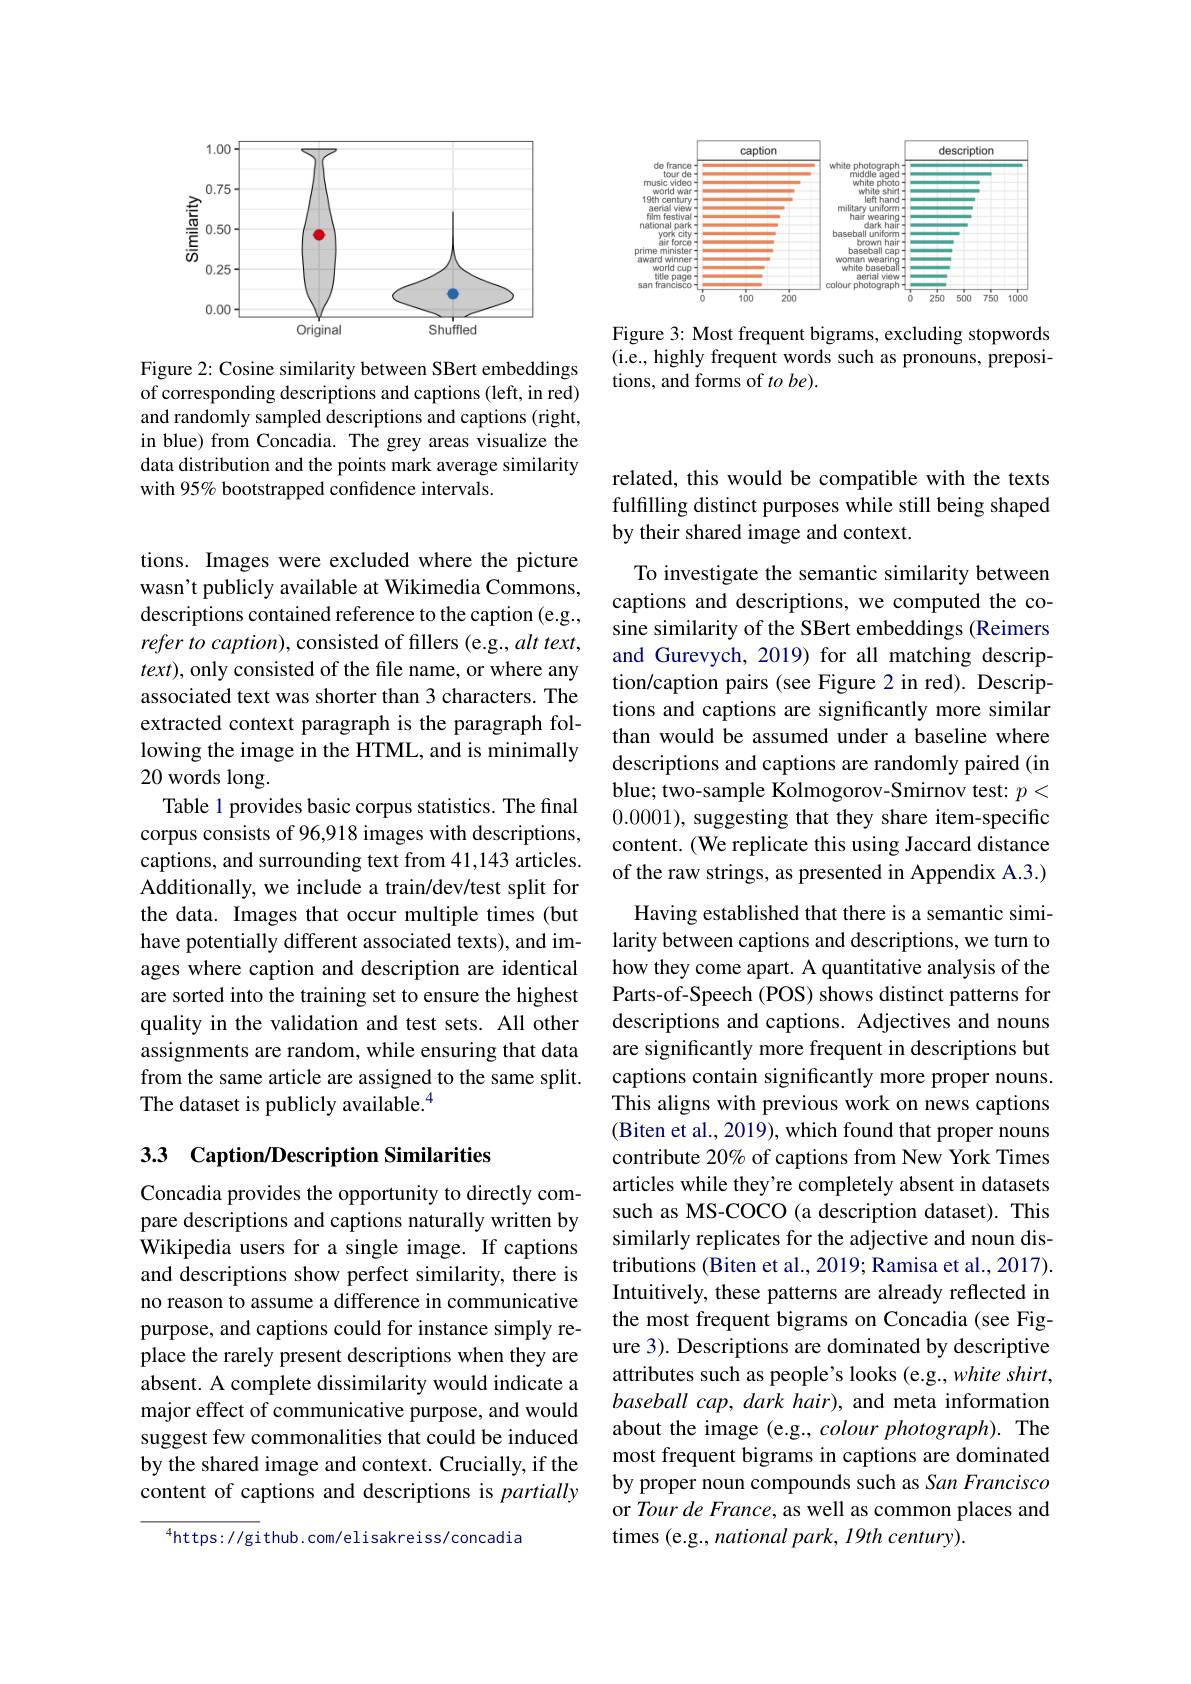
<FigureHere>

Figure 3: Most frequent bigrams, excluding stopwords (i.e., highly frequent words such as pronouns, prepositions, and forms of $to\textit{be}) .$

<FigureHere>

Figure 2: Cosine similarity between SBert embeddings of corresponding descriptions and captions (left, in red) and randomly sampled descriptions and captions (right, in blue) from Concadia. The grey areas visualize the data distribution and the points mark average similarity with 95% bootstrapped confidence intervals.

tions. Images were excluded where the picture wasn't publicly available at Wikimedia Commons, descriptions contained reference to the caption (e.g., refer to caption), consisted of fillers (e.g., alt text, $text)$, only consisted of the file name, or where any associated text was shorter than 3 characters. The extracted context paragraph is the paragraph following the image in the HTML, and is minimally 20 words long.
Table 1 provides basic corpus statistics. The final corpus consists of 96,918 images with descriptions, captions, and surrounding text from 41,143 articles. Additionally, we include a train/dev/test split for the data. Images that occur multiple times (but have potentially different associated texts), and images where caption and description are identical are sorted into the training set to ensure the highest quality in the validation and test sets. All other assignments are random, while ensuring that data from the same article are assigned to the same split. The dataset is publicly available.$^{4}$

## 3.3 Caption/Description Similarities

Concadia provides the opportunity to directly compare descriptions and captions naturally written by Wikipedia users for a single image. If captions and descriptions show perfect similarity, there is no reason to assume a difference in communicative purpose, and captions could for instance simply replace the rarely present descriptions when they are absent. A complete dissimilarity would indicate a major effect of communicative purpose, and would suggest few commonalities that could be induced by the shared image and context. Crucially, if the content of captions and descriptions is partially

$^{4}$https://github.com/elisakreiss/concadia

### related, this would be compatible with the texts fulfilling distinct purposes while still being shaped by their shared image and context.

To investigate the semantic similarity between captions and descriptions, we computed the cosine similarity of the SBert embeddings (Reimers and Gurevych, 2019) for all matching description/caption pairs (see Figure 2 in red). Descriptions and captions are significantly more similar than would be assumed under a baseline where descriptions and captions are randomly paired (in blue; two-sample Kolmogorov-Smirnov test: $p<$ 0.0001), suggesting that they share item-specific content. (We replicate this using Jaccard distance of the raw strings, as presented in Appendix A.3.)

Having established that there is a semantic similarity between captions and descriptions, we turn to how they come apart. A quantitative analysis of the Parts-of-Speech (POS) shows distinct patterns for descriptions and captions. Adjectives and nouns are significantly more frequent in descriptions but captions contain significantly more proper nouns. This aligns with previous work on news captions (Biten et al., 2019), which found that proper nouns contribute 20% of captions from New Times articles while they're completely absent in datasets such as MS-COCO (a description dataset). This similarly replicates for the adjective and noun distributions (Biten et al., 2019; Ramisa et al., 2017). Intuitively, these patterns are already reflected in the most frequent bigrams on Concadia (see Figure 3). Descriptions are dominated by descriptive attributes such as people's looks (e.g., white shirt, baseball cap, dark hair), and meta information about the image (e.g., colour photograph). The most frequent bigrams in captions are dominated by proper noun compounds such as San Francisco or Tour de France, as well as common places and times (e.g., national park, 19th century).